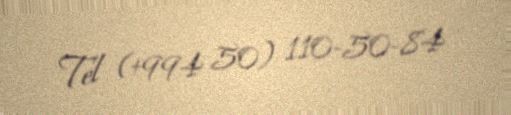
Tel (+994 50) 110-50-84